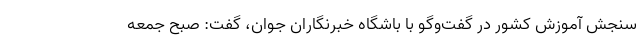
سنجش آموزش کشور در گفت‌وگو با باشگاه خبرنگاران جوان، گفت: صبح جمعه